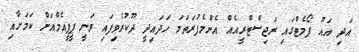
އަދި އައު ފޯމެޓްގައި ރަޖިސްޓްރީއެއް އެންމެފުރަތަމަ ހަދައިދީ ދޫކުރެވިފައި ވަނީ ޕީޕީއެމްއަށް ކަމަށާއި